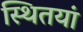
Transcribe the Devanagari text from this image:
स्थितयां